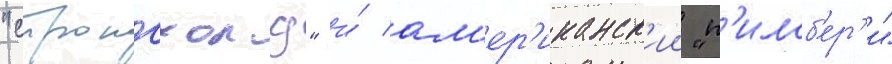
"стронгхолд" и́ ам'ер'иканск'ии "п'илсб'ер'и"